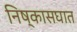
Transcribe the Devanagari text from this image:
निष्कासघात